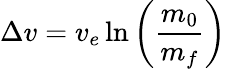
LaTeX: \Delta v=v_{e}\ln\left(\frac{m_{0}}{m_{f}}\right)